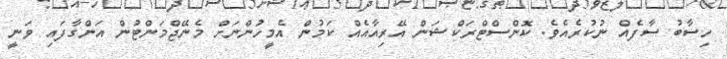
ހިސާބު ސާފެއް ނުކުރެއެވެ. ކޮންސްޓްރަކްޝަން އޭރިއާއެއް ކަމުން އެމީހުންނަށް މެނޭޖްމަންޓުން އަންގާފައި ވަނީ